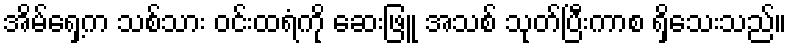
အိမ်ရှေ့က သစ်သား ဝင်းထရံကို ဆေးဖြူ အသစ် သုတ်ပြီးကာစ ရှိသေးသည်။